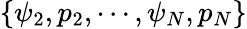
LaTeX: \{ \psi_{2},p_{2},\cdots,\psi_{N},p_{N}\}